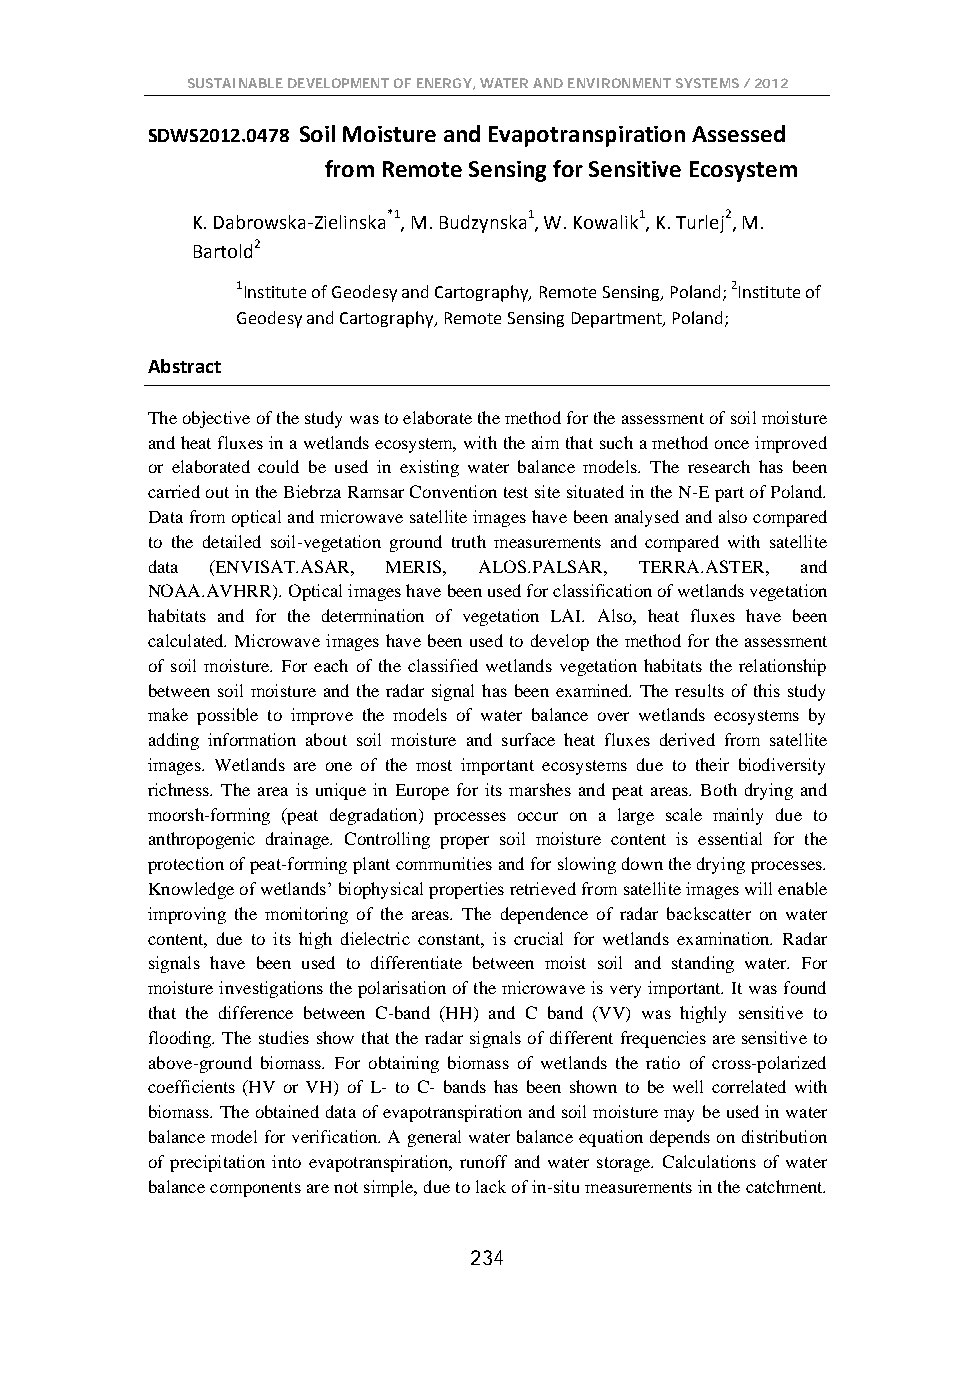
SUSTAINABLE DEVELOPMENT OF ENERGY, WATER AND ENVIRONMENT SYSTEMS / 2012
 SDWS2012.0478 Soil Moisture and Evapotranspiration Assessed
 from Remote Sensing for Sensitive Ecosystem
 K. Dabrowska-Zielinska*1, M. Budzynska1, W. Kowalik1, K. Turlej2, M.
 Bartold2
 1Institute of Geodesy and Cartography, Remote Sensing, Poland; 2Institute of
 Geodesy and Cartography, Remote Sensing Department, Poland;
 Abstract
 The objective of the study was to elaborate the method for the assessment of soil moisture
 and heat fluxes in a wetlands ecosystem, with the aim that such a method once improved
 or elaborated could be used in existing water balance models. The research has been
 carried out in the Biebrza Ramsar Convention test site situated in the N-E part of Poland.
 Data from optical and microwave satellite images have been analysed and also compared
 to the detailed soil-vegetation ground truth measurements and compared with satellite
 data (ENVISAT.ASAR, MERIS, ALOS.PALSAR, TERRA.ASTER, and
 NOAA.AVHRR). Optical images have been used for classification of wetlands vegetation
 habitats and for the determination of vegetation LAI. Also, heat fluxes have been
 calculated. Microwave images have been used to develop the method for the assessment
 of soil moisture. For each of the classified wetlands vegetation habitats the relationship
 between soil moisture and the radar signal has been examined. The results of this study
 make possible to improve the models of water balance over wetlands ecosystems by
 adding information about soil moisture and surface heat fluxes derived from satellite
 images. Wetlands are one of the most important ecosystems due to their biodiversity
 richness. The area is unique in Europe for its marshes and peat areas. Both drying and
 moorsh-forming (peat degradation) processes occur on a large scale mainly due to
 anthropogenic drainage. Controlling proper soil moisture content is essential for the
 protection of peat-forming plant communities and for slowing down the drying processes.
 Knowledge of wetlands’ biophysical properties retrieved from satellite images will enable
 improving the monitoring of the areas. The dependence of radar backscatter on water
 content, due to its high dielectric constant, is crucial for wetlands examination. Radar
 signals have been used to differentiate between moist soil and standing water. For
 moisture investigations the polarisation of the microwave is very important. It was found
 that the difference between C-band (HH) and C band (VV) was highly sensitive to
 flooding. The studies show that the radar signals of different frequencies are sensitive to
 above-ground biomass. For obtaining biomass of wetlands the ratio of cross-polarized
 coefficients (HV or VH) of L- to C- bands has been shown to be well correlated with
 biomass. The obtained data of evapotranspiration and soil moisture may be used in water
 balance model for verification. A general water balance equation depends on distribution
 of precipitation into evapotranspiration, runoff and water storage. Calculations of water
 balance components are not simple, due to lack of in-situ measurements in the catchment.
 234